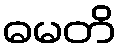
ဓမတိ